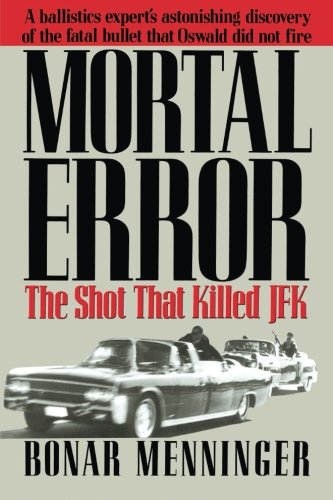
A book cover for Mortal Error: The Shot That Killed JFK; Bonar Menninger; Biographies & Memoirs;